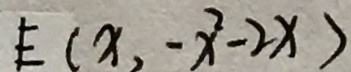
E ( x , - x ^ { 2 } - 2 x )